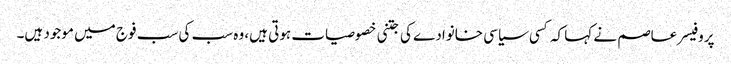
پروفیسر عاصم نے کہا کہ کسی سیاسی خانوادے کی جتنی خصوصیات ہوتی ہیں، وہ سب کی سب فوج میں موجود ہیں۔